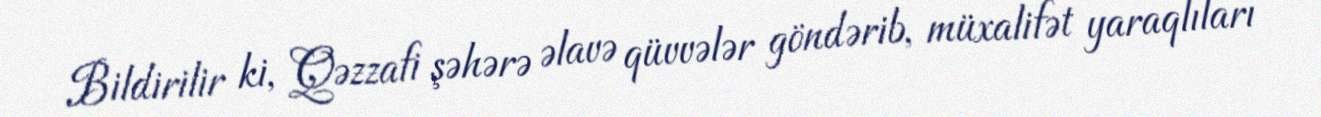
Bildirilir ki, Qəzzafi şəhərə əlavə qüvvələr göndərib, müxalifət yaraqlıları